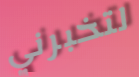
لتخبرني